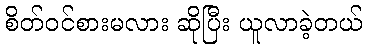
စိတ်ဝင်စားမလား ဆိုပြီး ယူလာခဲ့တယ်